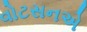
વોટસનએ